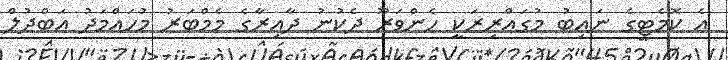
އެ ކޮމެޓީގެ ނައިބު މުގައްރިރަކީ ހެންވަރޫ ދެކުނު ދާއިރާގެ މެމްބަރު މުހައްމަދު އަބްދުލް